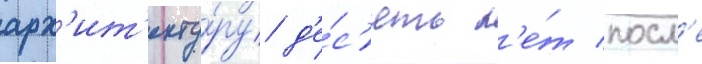
арх'ит'екту́ру д'е́с'ять л'е́т посл'е